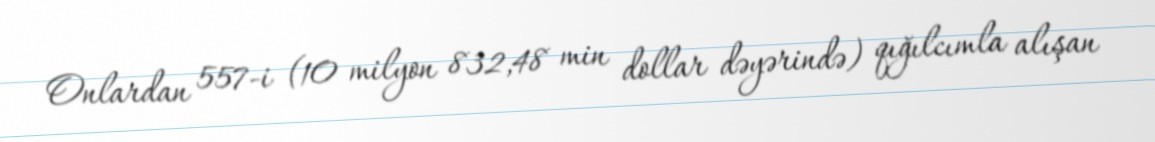
Onlardan 557-i (10 milyon 832,48 min dollar dəyərində) qığılcımla alışan